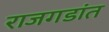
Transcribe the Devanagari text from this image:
राजगडांत